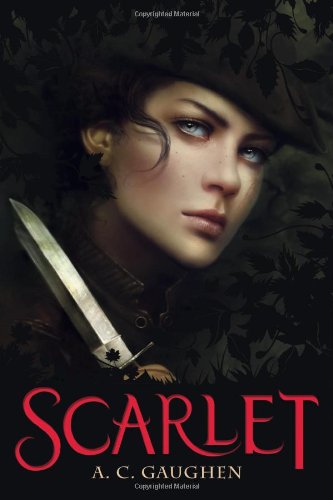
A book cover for Scarlet; A.C. Gaughen; Teen & Young Adult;